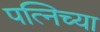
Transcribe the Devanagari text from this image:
पत्निच्या